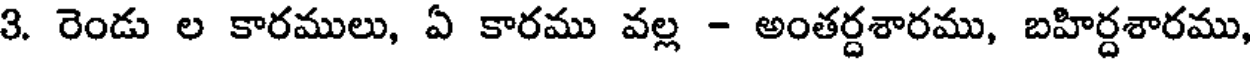
3. రెండు ల కారములు, ఏ కారము వల్ల - అంతర్దశారము, బహిర్దశారము,